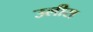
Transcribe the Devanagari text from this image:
उलीस